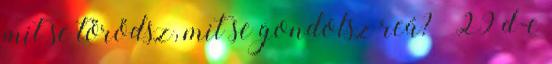
mit se törődsz, mit se gondolsz reá?” 29 d-e